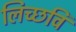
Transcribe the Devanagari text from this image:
लिच्‍छवि